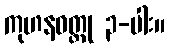
ကုဟနဝတ္ထု ၃-ပါး။